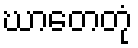
ဃာတေတုံ